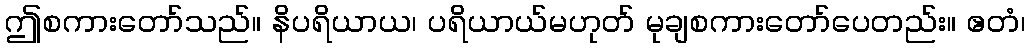
ဤစကားတော်သည်။ နိပရိယာယ၊ ပရိယာယ်မဟုတ် မုချစကားတော်ပေတည်း။ ဧတံ၊